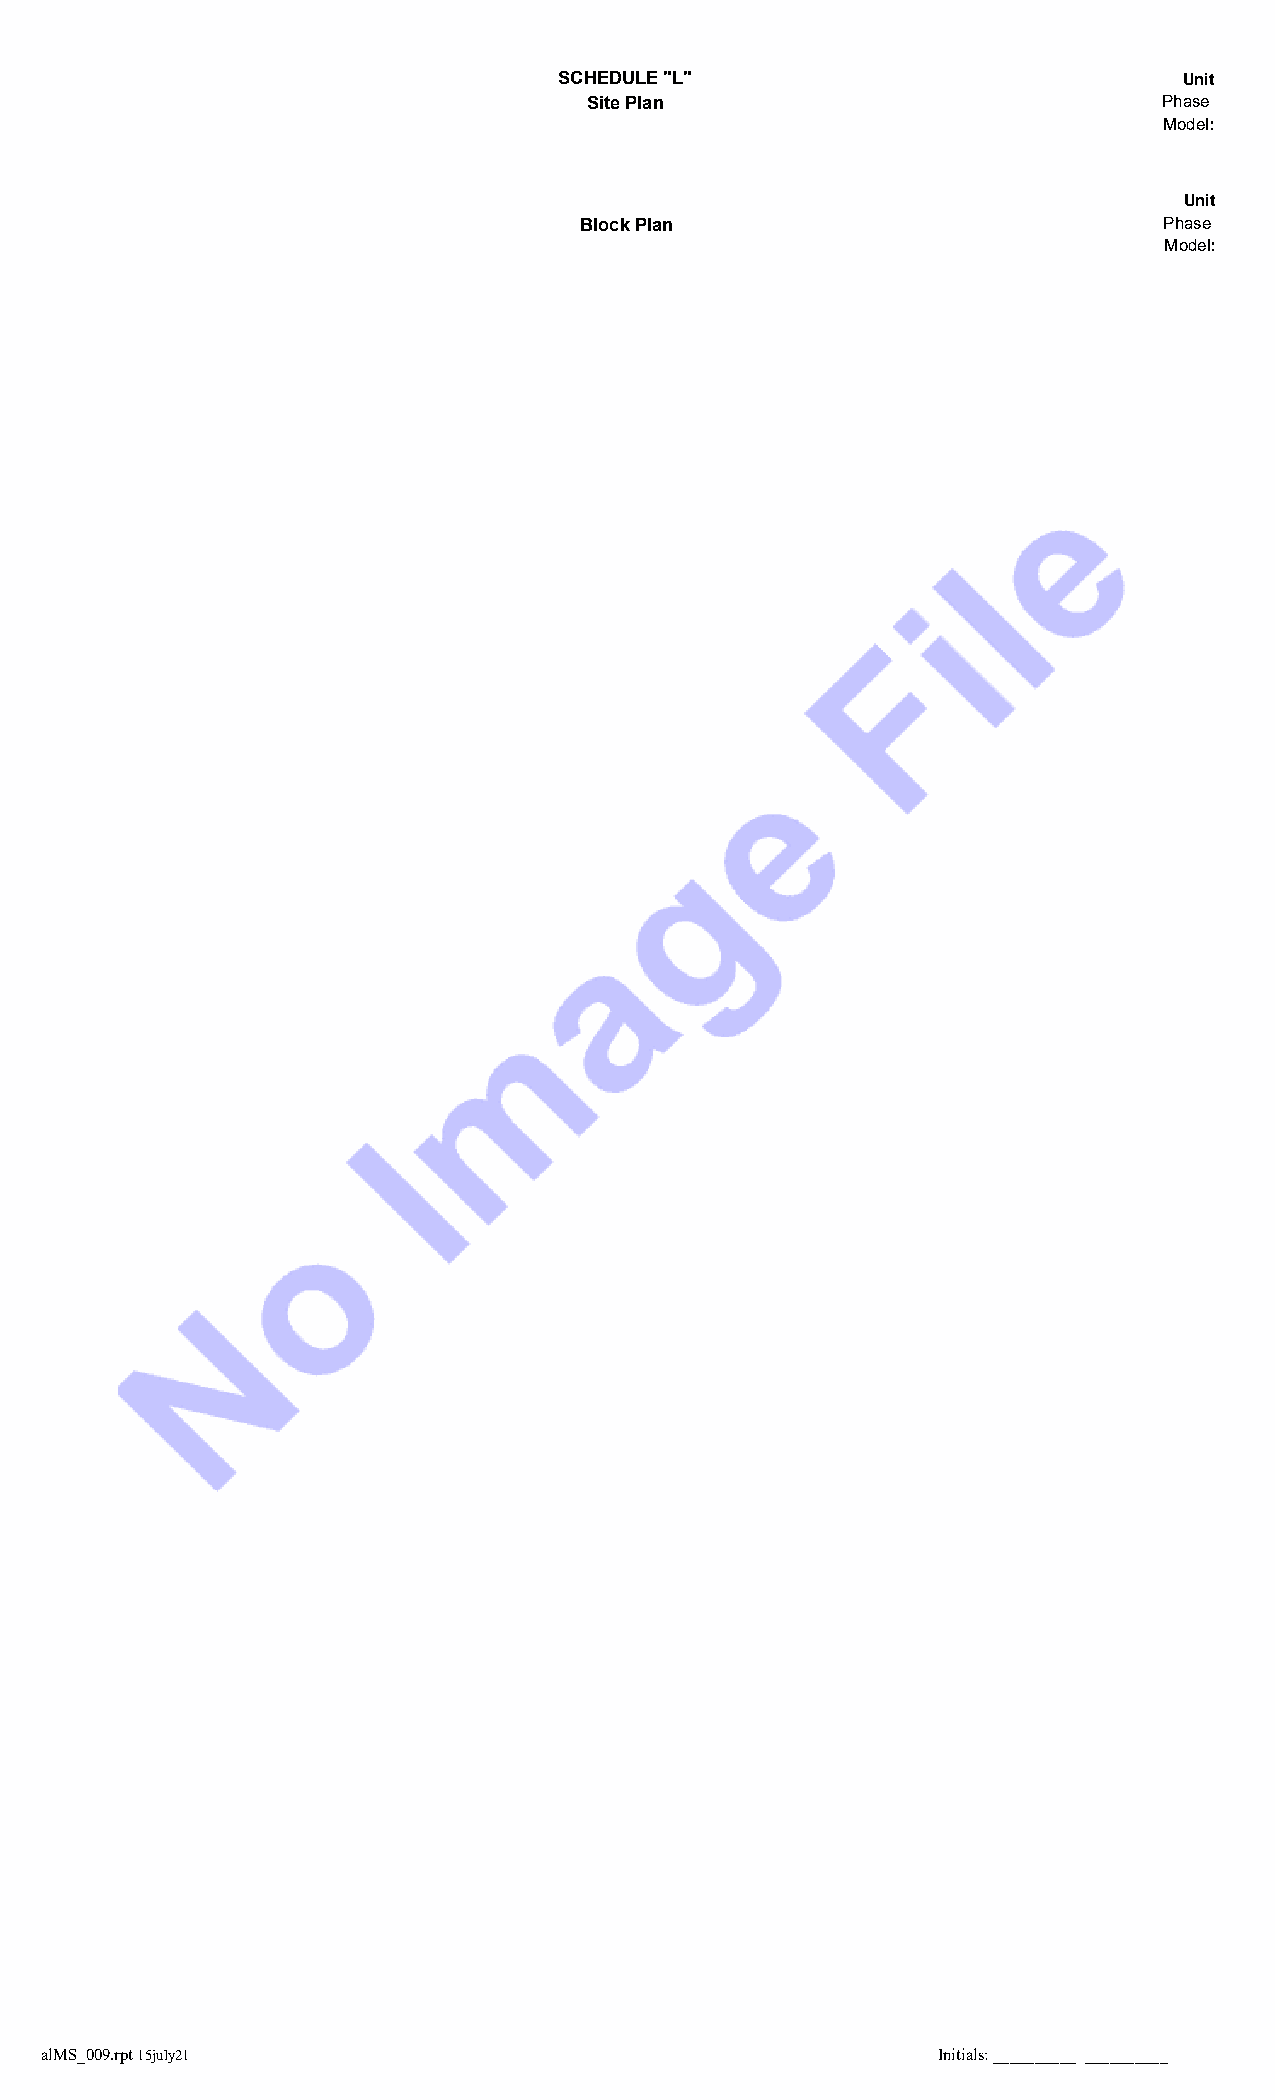
SCHEDULE "L"                             Unit
 Site Plan                             Phase
 Model:
 Unit
 Block Plan                             Phase
 Model:
 BSTPurchaserInit4 BSTPurchaserInit3 BSTPurchaserInit2 BSTPurchaserInit1
 alMS_009.rpt 15july21                                      Initials: __________ __________